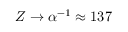
Z \to \alpha ^ { - 1 } \approx 1 3 7